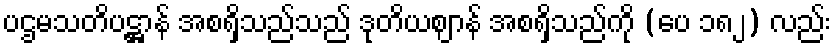
ပဌမသတိပဋ္ဌာန် အစရှိသည်သည် ဒုတိယဈာန် အစရှိသည်ကို (ပေ ၁၈၂) လည်း